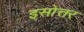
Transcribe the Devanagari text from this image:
इसोत्तर